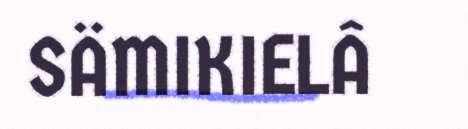
SÄMIKIELÂ